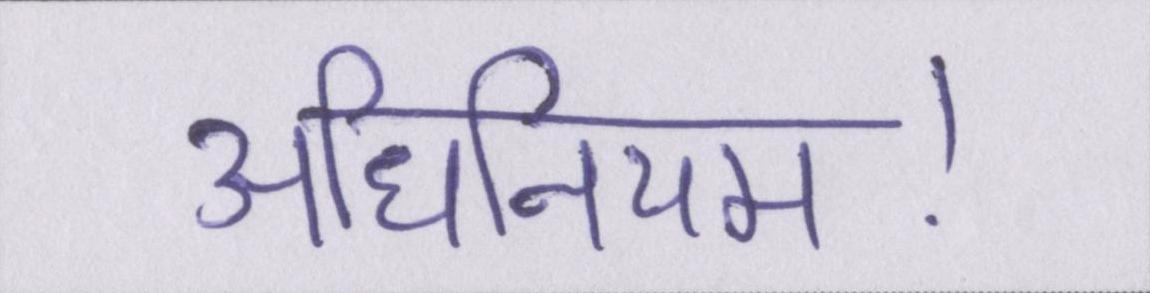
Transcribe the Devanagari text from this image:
अधिनियम।